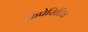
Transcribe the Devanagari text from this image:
कैपेसिटिव